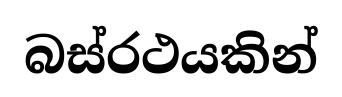
බස්රථයකින්